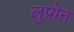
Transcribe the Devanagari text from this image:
लुप्रोन